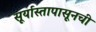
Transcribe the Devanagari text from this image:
सूर्यास्तापासूनची